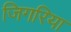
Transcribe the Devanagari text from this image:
जिगरिया